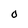
Character: O